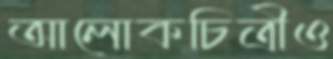
আলোকচিত্রীও